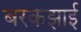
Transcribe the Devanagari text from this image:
बरकझाई